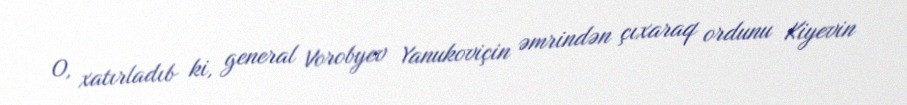
O, xatırladıb ki, general Vorobyev Yanukoviçin əmrindən çıxaraq ordunu Kiyevin